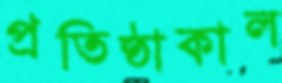
প্রতিষ্ঠাকাল